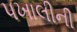
પખાલીની